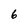
Character: 6